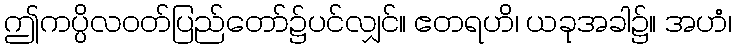
ဤကပ္ပိလဝတ်ပြည်တော်၌ပင်လျှင်။ ဧတရဟိ၊ ယခုအခါ၌။ အဟံ၊